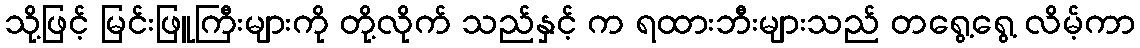
သို့ဖြင့် မြင်းဖြူကြီးများကို တို့လိုက် သည်နှင့် က ရထားဘီးများသည် တရွေ့ရွေ့ လိမ့်ကာ